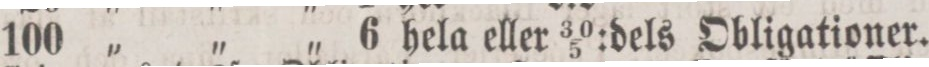
100 „ „ „ 6 hela eller 30/5:dels Obligationer.